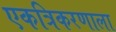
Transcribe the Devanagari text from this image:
एकत्रिकरणाला